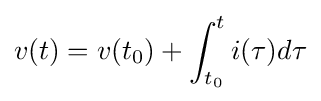
v(t)=v(t_{0})+\int _{t_{0}}^{t}i(\tau )d\tau